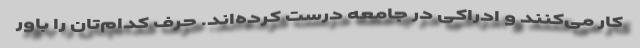
کار می‌کنند و ادراکی در جامعه درست کرده‌اند. حرف کدام‌تان را باور